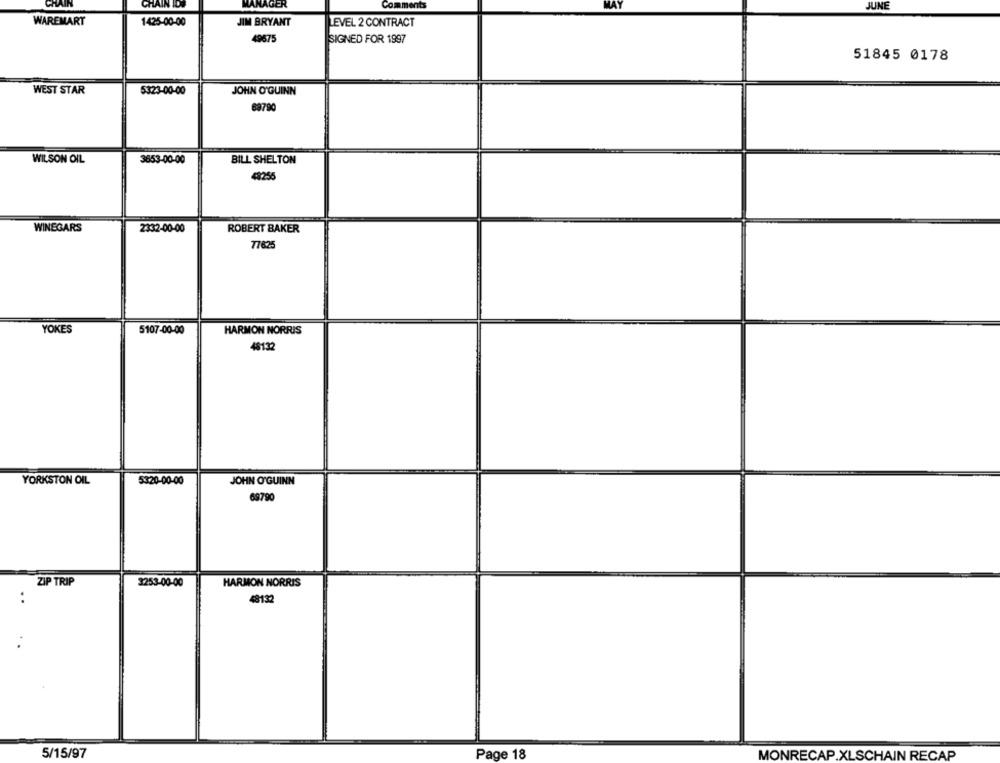
CHAIN
CHAIN IDS
MANAGER
JUNE
WAREMART
1425-00-00
JIM BRYANT
LEVEL 2 CONTRACT
49675
SIGNED FOR 1997
51845 0178
WEST STAR
5323-00-00
JOHN O'GUINN
69790
WILSON OIL
3853-00-00
BILL SHELTON
48255
WINEGARS
2332-00-00
ROBERT BAKER
77625
HARMON NORRIS
YOKES
5107-00-00
48132
5320-00-00
YORKSTON OIL
JOHN O'GUINN
69790
ZIP TRIP
3253-00-00
HARMON NORRIS
..
48132
5/15/97
Page 18
MONRECAP.XLSCHAIN RECAP